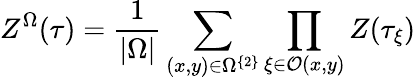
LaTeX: Z^{\Omega}(\tau)=\frac{1}{|\Omega|}\sum_{(x,y)\in\Omega^{\left\{ 2\right\} }}\prod_{\xi\in\mathcal{O}(x,y)}Z(\tau_{\xi})